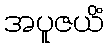
အပူဇယိံ